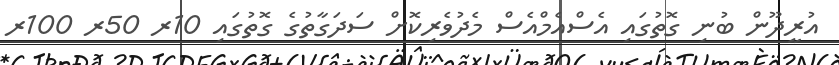
އުރީދޫން ބުނި ގޮތުގައި އެސްއެމްއެސް މެދުވެރިކޮށް ސަދަގާތުގެ ގޮތުގައި 10ރ 50ރ 100ރ